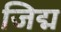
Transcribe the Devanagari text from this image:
जिद्म